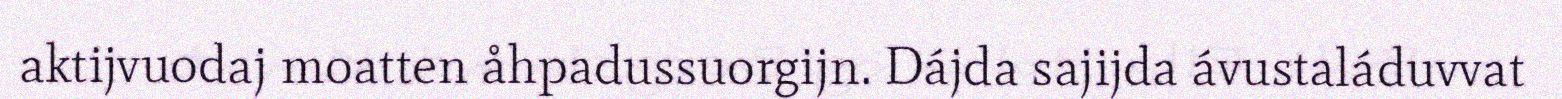
aktijvuodaj moatten åhpadussuorgijn. Dájda sajijda ávustaláduvvat